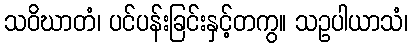
သဝိဃာတံ၊ ပင်ပန်းခြင်းနှင့်တကွ။ သဥပါယာသံ၊